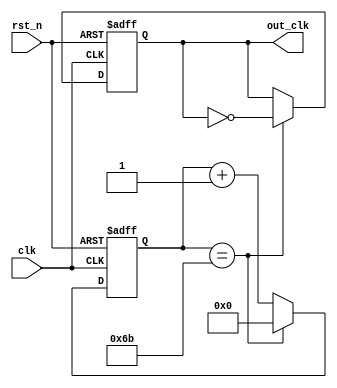
module uartcon_clk_1
  (
   input  rst_n,
   input  clk,
   output reg out_clk
   );
   reg [7:0] count;
   parameter RESET_COUNT = 8'd107;
   always @(posedge clk or negedge rst_n) begin
      if(!rst_n) begin
         count[7:0]  <= 8'd0;
         out_clk     <= 1'b0;
      end else begin
         if(count[7:0] == RESET_COUNT) begin
            count[7:0]  <= 8'd0;
            out_clk     <= ~out_clk;
         end else begin
            count[7:0]  <= count[7:0] + 8'd1;
         end
      end
   end
endmodule